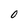
Character: 0